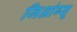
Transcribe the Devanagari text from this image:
जिआंग्सू